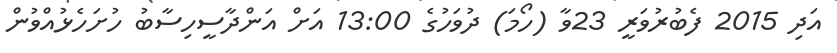
އަދި 2015 ފެބުރުވަރީ 23ވާ (ހޯމަ) ދުވަހުގެ 13:00 އަށް އަންދާސީހިސާބު ހުށަހެޅުއްވުން